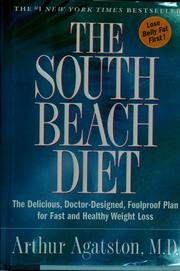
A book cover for The South Beach Diet Cookbook, Book Club Edition; Arthur, M.D. Agatston; Health, Fitness & Dieting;